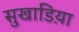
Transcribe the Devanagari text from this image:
सुखाडिय़ा